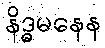
နိဒ္ဓမနေန